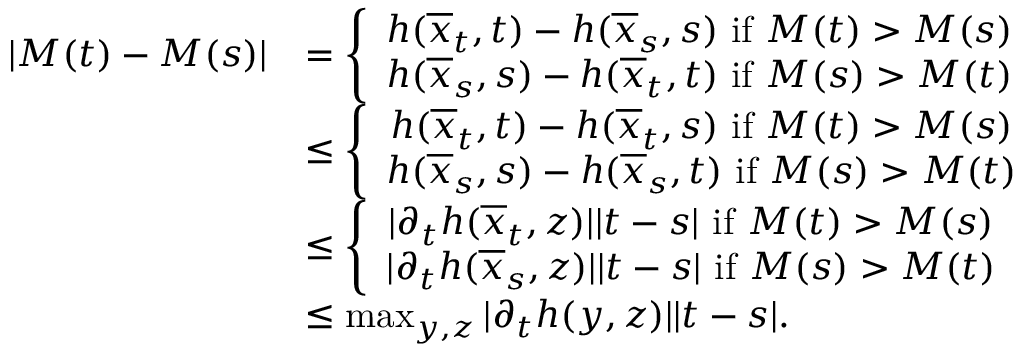
\begin{array} { r l } { \left| M ( t ) - M ( s ) \right| } & { = \left\{ \begin{array} { c c } { h ( \overline { { x } } _ { t } , t ) - h ( \overline { { x } } _ { s } , s ) \mathrm { ~ i f ~ } M ( t ) > M ( s ) } \\ { h ( \overline { { x } } _ { s } , s ) - h ( \overline { { x } } _ { t } , t ) \mathrm { ~ i f ~ } M ( s ) > M ( t ) } \end{array} \right. } \\ & { \leq \left\{ \begin{array} { c c } { h ( \overline { { x } } _ { t } , t ) - h ( \overline { { x } } _ { t } , s ) \mathrm { ~ i f ~ } M ( t ) > M ( s ) } \\ { h ( \overline { { x } } _ { s } , s ) - h ( \overline { { x } } _ { s } , t ) \mathrm { ~ i f ~ } M ( s ) > M ( t ) } \end{array} \right. } \\ & { \leq \left\{ \begin{array} { c c } { | \partial _ { t } h ( \overline { { x } } _ { t } , z ) | | t - s | \mathrm { ~ i f ~ } M ( t ) > M ( s ) } \\ { | \partial _ { t } h ( \overline { { x } } _ { s } , z ) | | t - s | \mathrm { ~ i f ~ } M ( s ) > M ( t ) } \end{array} \right. } \\ & { \leq \operatorname* { m a x } _ { y , z } | \partial _ { t } h ( y , z ) | | t - s | . } \end{array}